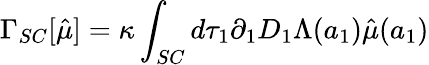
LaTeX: \Gamma_{SC}[\hat{\mu}]=\kappa\int_{SC}d\tau_{1}\partial_{1}D_{1}\Lambda(a_{1})\hat{\mu}(a_{1})